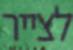
לצייר